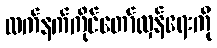
လက်နက်ကိုင်တော်လှန်ရေးကို